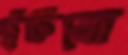
ছুঁচিয়ো